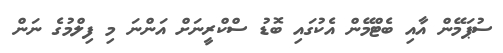
ސުޕަމޭން އާއި ބެޓްމޭން އެކުގައި ބޮޑު ސްކްރީނަށް އަންނަ މި ފިލްމުގެ ނަން